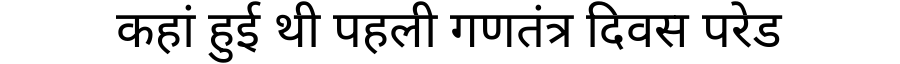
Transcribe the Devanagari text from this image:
कहां हुई थी पहली गणतंत्र दिवस परेड